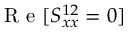
\mathrm { ~ R ~ e ~ } [ S _ { x x } ^ { 1 2 } = 0 ]